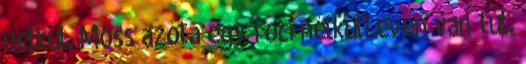
nélkül. Moss azóta egy foci nélküli éven van túl.